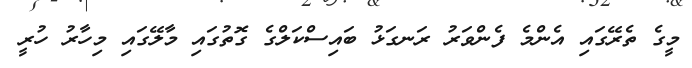
މީގެ ތެރޭގައި އެންމެ ފެންވަރު ރަނގަޅު ބައިސްކަލްގެ ގޮތުގައި މާލޭގައި މިހާރު ހުރީ